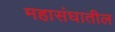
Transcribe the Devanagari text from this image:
महासंघातील